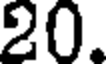
20.